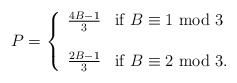
\begin{align*} P = \left \{\begin{array}{ll} \frac{4B-1}{3} & \mbox{if } B \equiv 1 \mbox{ mod } 3\\ \\\frac{2B-1}{3} & \mbox{if } B \equiv 2 \mbox{ mod } 3. \end{array}\right . \end{align*}